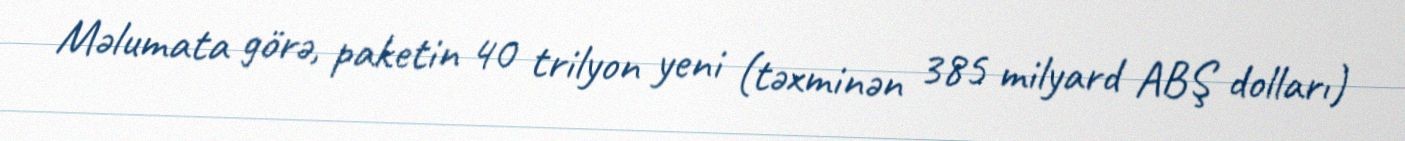
Məlumata görə, paketin 40 trilyon yeni (təxminən 385 milyard ABŞ dolları)